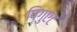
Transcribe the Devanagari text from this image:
पिगुएट